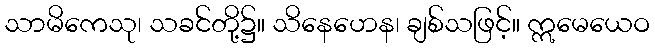
သာမိကေသု၊ သခင်တို့၌။ သိနေဟေန၊ ချစ်သဖြင့်။ ဣမေယေဝ